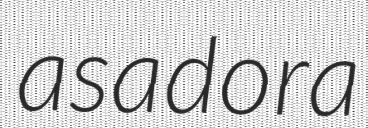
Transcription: asadora